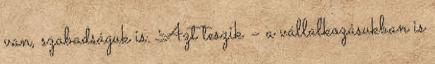
van, szabadságuk is. Azt teszik – a vállalkozásukban is